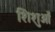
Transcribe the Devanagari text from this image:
शिशुओँ